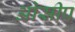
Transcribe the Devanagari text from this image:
ओसीप